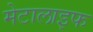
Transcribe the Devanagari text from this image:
मेटालाइफ